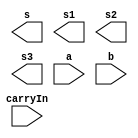
// -------------------------
// Exemplo0021  FULL ADDER 
// Nome: Felipe Ferreira Andrade do Carmo
// -------------------------


// -------------------------
//  full adder 
// ------------------------- 
module fullAdder (output [5:0]s,output [5:0]s1,output [5:0]s2, output [5:0]s3,   
                               input [5:0]a,  
                               input [5:0]b,  
                               input carryIn); 


endmodule // fullAdder 
 
module test_fullAdder; 
// ------------------------- definir dados 
      reg [5:0] x; 
      reg [5:0] y; 
      reg  carry; 
      wire [5:0] soma; 
 
// ------------------------- parte principal 
 initial begin 
      $display("Exemplo0021 - Felipe Ferreira Andrade do Carmo - 427402");
      $display("Test ALUs full adder"); 
 
 // projetar testes do somador complete 
 
 end 
 
endmodule // test_fullAdder